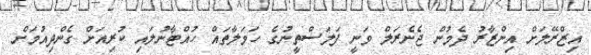
އިޒްރޭލަށް އިންޒާރު ދެމުން ޖެނެރަލް ވަނީ ފަލަސްތީނުގެ ހަމަލާތައް ހުއްޓާނުލައި ކުރިއަށް ގެންދިއުމަށް